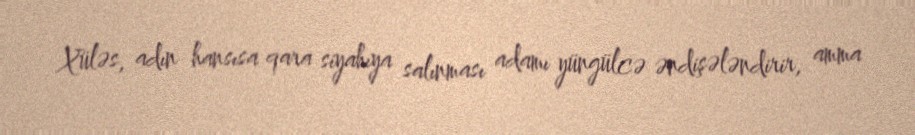
Xüləs, adın hansısa qara siyahıya salınması adamı yüngülcə əndişələndirir, amma